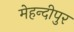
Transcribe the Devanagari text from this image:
मेहन्दीपुर